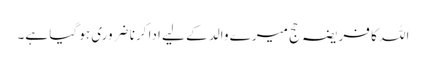
اللہ کا فریضہ حج میرے والد کے لیے ادا کرنا ضروری ہو گیا ہے۔